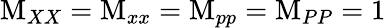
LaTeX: \textrm{M}_{XX}=\textrm{M}_{xx}=\textrm{M}_{pp}=\textrm{M}_{PP}=1